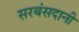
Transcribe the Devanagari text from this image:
सरबंसदानी